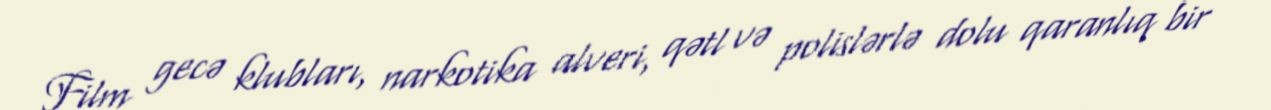
Film gecə klubları, narkotika alveri, qətl və polislərlə dolu qaranlıq bir